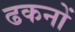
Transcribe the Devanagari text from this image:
ढकनों